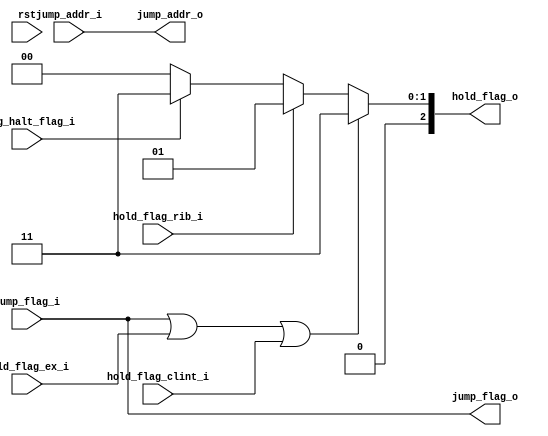
 /*                                                                      
 Copyright 2019 Blue Liang, liangkangnan@163.com
                                                                         
 Licensed under the Apache License, Version 2.0 (the "License");         
 you may not use this file except in compliance with the License.        
 You may obtain a copy of the License at                                 
                                                                         
     http://www.apache.org/licenses/LICENSE-2.0                          
                                                                         
 Unless required by applicable law or agreed to in writing, software    
 distributed under the License is distributed on an "AS IS" BASIS,       
 WITHOUT WARRANTIES OR CONDITIONS OF ANY KIND, either express or implied.
 See the License for the specific language governing permissions and     
 limitations under the License.                                          
 */
`define CpuResetAddr 32'h0

`define RstEnable 1'b0
`define RstDisable 1'b1
`define ZeroWord 32'h0
`define ZeroReg 5'h0
`define WriteEnable 1'b1
`define WriteDisable 1'b0
`define ReadEnable 1'b1
`define ReadDisable 1'b0
`define True 1'b1
`define False 1'b0
`define ChipEnable 1'b1
`define ChipDisable 1'b0
`define JumpEnable 1'b1
`define JumpDisable 1'b0
`define DivResultNotReady 1'b0
`define DivResultReady 1'b1
`define DivStart 1'b1
`define DivStop 1'b0
`define HoldEnable 1'b1
`define HoldDisable 1'b0
`define Stop 1'b1
`define NoStop 1'b0
`define RIB_ACK 1'b1
`define RIB_NACK 1'b0
`define RIB_REQ 1'b1
`define RIB_NREQ 1'b0
`define INT_ASSERT 1'b1
`define INT_DEASSERT 1'b0

`define INT_BUS 7:0
`define INT_NONE 8'h0
`define INT_RET 8'hff
`define INT_TIMER0 8'b00000001
`define INT_TIMER0_ENTRY_ADDR 32'h4

`define Hold_Flag_Bus   2:0
`define Hold_None 3'b000
`define Hold_Pc   3'b001
`define Hold_If   3'b010
`define Hold_Id   3'b011

// I type inst
`define INST_TYPE_I 7'b0010011
`define INST_ADDI   3'b000
`define INST_SLTI   3'b010
`define INST_SLTIU  3'b011
`define INST_XORI   3'b100
`define INST_ORI    3'b110
`define INST_ANDI   3'b111
`define INST_SLLI   3'b001
`define INST_SRI    3'b101

// L type inst
`define INST_TYPE_L 7'b0000011
`define INST_LB     3'b000
`define INST_LH     3'b001
`define INST_LW     3'b010
`define INST_LBU    3'b100
`define INST_LHU    3'b101

// S type inst
`define INST_TYPE_S 7'b0100011
`define INST_SB     3'b000
`define INST_SH     3'b001
`define INST_SW     3'b010

// R and M type inst
`define INST_TYPE_R_M 7'b0110011
// R type inst
`define INST_ADD_SUB 3'b000
`define INST_SLL    3'b001
`define INST_SLT    3'b010
`define INST_SLTU   3'b011
`define INST_XOR    3'b100
`define INST_SR     3'b101
`define INST_OR     3'b110
`define INST_AND    3'b111
// M type inst
`define INST_MUL    3'b000
`define INST_MULH   3'b001
`define INST_MULHSU 3'b010
`define INST_MULHU  3'b011
`define INST_DIV    3'b100
`define INST_DIVU   3'b101
`define INST_REM    3'b110
`define INST_REMU   3'b111

// J type inst
`define INST_JAL    7'b1101111
`define INST_JALR   7'b1100111

`define INST_LUI    7'b0110111
`define INST_AUIPC  7'b0010111
`define INST_NOP    32'h00000001
`define INST_NOP_OP 7'b0000001
`define INST_MRET   32'h30200073
`define INST_RET    32'h00008067

`define INST_FENCE  7'b0001111
`define INST_ECALL  32'h73
`define INST_EBREAK 32'h00100073

// J type inst
`define INST_TYPE_B 7'b1100011
`define INST_BEQ    3'b000
`define INST_BNE    3'b001
`define INST_BLT    3'b100
`define INST_BGE    3'b101
`define INST_BLTU   3'b110
`define INST_BGEU   3'b111

// CSR inst
`define INST_CSR    7'b1110011
`define INST_CSRRW  3'b001
`define INST_CSRRS  3'b010
`define INST_CSRRC  3'b011
`define INST_CSRRWI 3'b101
`define INST_CSRRSI 3'b110
`define INST_CSRRCI 3'b111

// CSR reg addr
`define CSR_CYCLE   12'hc00
`define CSR_CYCLEH  12'hc80
`define CSR_MTVEC   12'h305
`define CSR_MCAUSE  12'h342
`define CSR_MEPC    12'h341
`define CSR_MIE     12'h304
`define CSR_MSTATUS 12'h300
`define CSR_MSCRATCH 12'h340

`define RomNum 4096  // rom depth(how many words)

`define MemNum 4096  // memory depth(how many words)
`define MemBus 31:0
`define MemAddrBus 31:0

`define InstBus 31:0
`define InstAddrBus 31:0

// common regs
`define RegAddrBus 4:0
`define RegBus 31:0
`define DoubleRegBus 63:0
`define RegWidth 32
`define RegNum 32        // reg num
`define RegNumLog2 5

//`include "defines.v"

// 
// 
module ctrl(

    input wire rst,

    // from ex
    input wire jump_flag_i,
    input wire[`InstAddrBus] jump_addr_i,
    input wire hold_flag_ex_i,

    // from rib
    input wire hold_flag_rib_i,

    // from jtag
    input wire jtag_halt_flag_i,

    // from clint
    input wire hold_flag_clint_i,

    output reg[`Hold_Flag_Bus] hold_flag_o,

    // to pc_reg
    output reg jump_flag_o,
    output reg[`InstAddrBus] jump_addr_o

    );


    always @ (*) begin
        jump_addr_o = jump_addr_i;
        jump_flag_o = jump_flag_i;
        // 
        hold_flag_o = `Hold_None;
        // 
        if (jump_flag_i == `JumpEnable || hold_flag_ex_i == `HoldEnable || hold_flag_clint_i == `HoldEnable) begin
            // 
            hold_flag_o = `Hold_Id;
        end else if (hold_flag_rib_i == `HoldEnable) begin
            // PC
            hold_flag_o = `Hold_Pc;
        end else if (jtag_halt_flag_i == `HoldEnable) begin
            // 
            hold_flag_o = `Hold_Id;
        end else begin
            hold_flag_o = `Hold_None;
        end
    end

endmodule